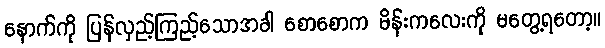
နောက်ကို ပြန်လှည့်ကြည့်သောအခါ စောစောက မိန်းကလေးကို မတွေ့ရတော့။